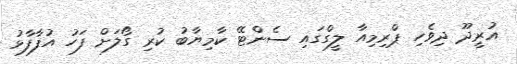
އުރީދޫ ދިވެހި ޕްރިމިއާ ލީގްގައި ސެންޓޭ ކާމިޔާބު ކުރި ގޯލަށް ފަހު އުފާފާޅު